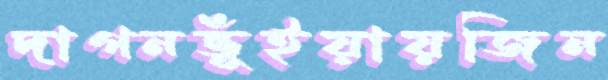
দাগনভূঁইয়ায়জিন